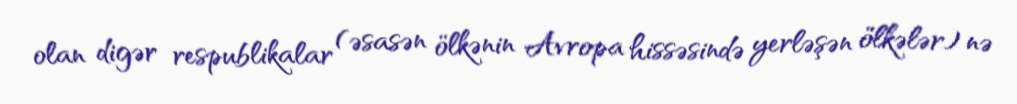
olan digər respublikalar (əsasən ölkənin Avropa hissəsində yerləşən ölkələr) nə